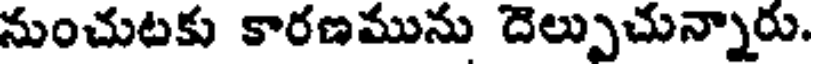
నుంచుటకు కారణమును దెల్పుచున్నారు.